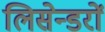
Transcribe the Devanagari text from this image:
लिसेन्डरों